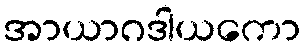
အာယာဂဒါယကော